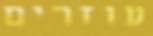
עוזרים